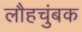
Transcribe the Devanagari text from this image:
लौहचुंबक